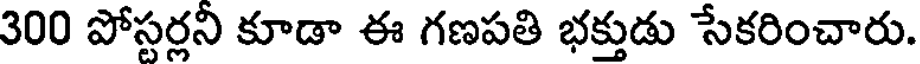
300 పోస్టర్లని కూడా ఈ గణపతి భక్తుడు సేకరించారు.